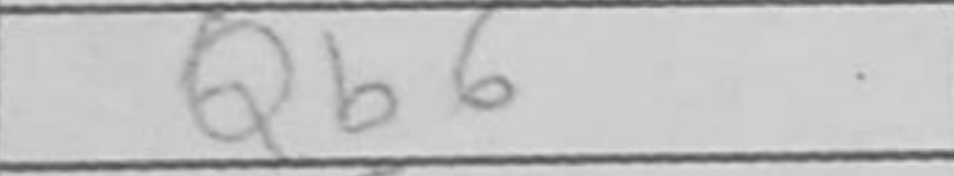
Transcription: Qb6